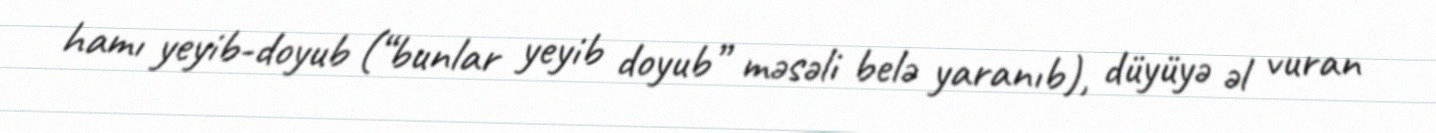
hamı yeyib-doyub (“bunlar yeyib doyub” məsəli belə yaranıb), düyüyə əl vuran